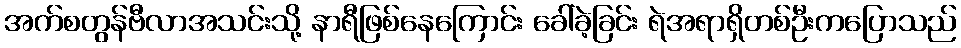
အက်စတွန်ဗီလာအသင်းသို့ နာရီဖြစ်နေကြောင်း ခေါ်ခဲ့ခြင်း ရဲအရာရှိတစ်ဦးကပြောသည်